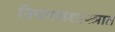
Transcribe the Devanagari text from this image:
विपणनशास्त्रात